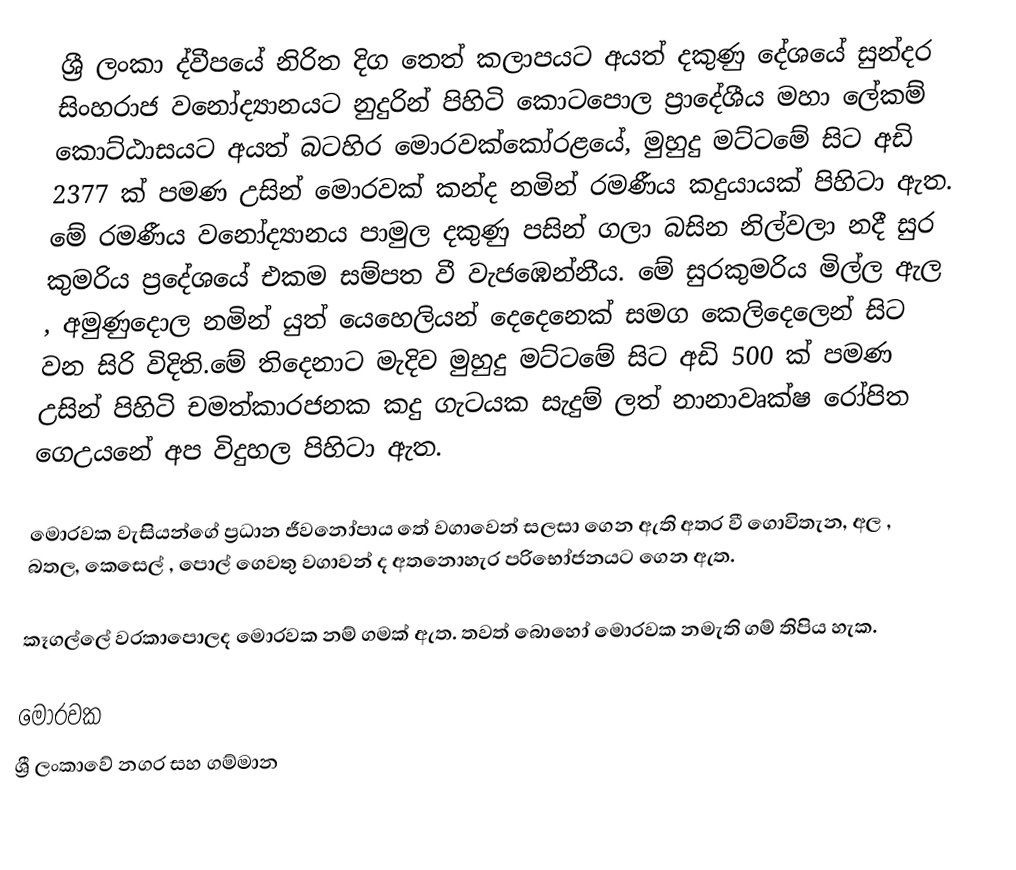
ශ්‍රී ලංකා ද්වීපයේ නිරිත දිග තෙත් කලාපයට අයත් දකුණු දේශයේ සුන්දර සිංහරාජ වනෝද්‍යානයට නුදුරින් පිහිටි කොටපොල ප්‍රාදේශීය මහා ලේකම් කොට්ඨාසයට අයත් බටහිර මොරවක්කෝරළයේ, මුහුදු මට්ටමේ සිට අඩි 2377 ක් පමණ උසින් මොරවක් කන්ද නමින් රමණීය කදුයායක් පිහිටා ඇත. මේ රමණීය වනෝද්‍යානය පාමුල දකුණු පසින් ගලා බසින නිල්වලා නදී සුර කුමරිය ප්‍රදේශයේ එකම සම්පත වී වැජඹෙන්නීය. මේ සුරකුමරිය මිල්ල ඇල , අමුණුදොල නමින් යුත් යෙහෙලියන් දෙදෙනෙක් සමග කෙලිදෙලෙන් සිට වන සිරි විදිති.මේ තිදෙනාට මැදිව මුහුදු මට්ටමේ සිට අඩි 500 ක් පමණ උසින් පිහිටි චමත්කාරජනක කදු ගැටයක සැදුම් ලත් නානාවෘක්ෂ රෝපිත ගෙඋයනේ අප විදුහල පිහිටා ඇත.

මොරවක වැසියන්ගේ ප්‍රධාන ජීවනෝපාය තේ වගාවෙන් සලසා ගෙන ඇති අතර වී ගොවිතැන, අල , බතල, කෙසෙල් , පොල් ගෙවතු වගාවන් ද අතනොහැර පරිභෝජනයට ගෙන ඇත.

කෑගල්ලේ වරකාපොලද මොරවක නම් ගමක් ඇත. තවත් බොහෝ මොරවක නමැති ගම් තිපිය හැක.

මොරවක
ශ්‍රී ලංකාවේ නගර සහ ගම්මාන